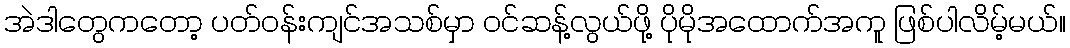
အဲဒါတွေကတော့ ပတ်ဝန်းကျင်အသစ်မှာ ဝင်ဆန့်လွယ်ဖို့ ပိုမိုအထောက်အကူ ဖြစ်ပါလိမ့်မယ်။